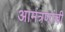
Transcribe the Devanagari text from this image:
आमंत्रणांची